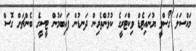
މައްސަލަ ގޯސްވީ ޔުނައިޓެޑް ވިކްޓަރީގެ ކުޅުންތެރިން ދަނޑުން ފައިބަމުން ޓީސީގެ ބެންޗަށް ގޮސް